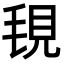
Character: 覒